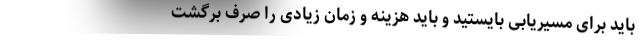
باید برای مسیریابی بایستید و باید هزینه و زمان زیادی را صرف برگشت